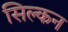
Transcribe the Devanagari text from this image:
सिल्कन